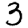
Digit: 3